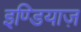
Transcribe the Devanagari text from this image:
इण्डियाज़